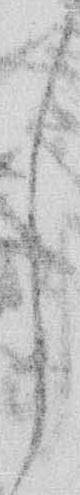
し